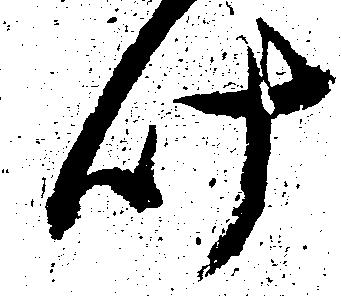
叶